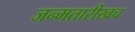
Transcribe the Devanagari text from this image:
जन्मतारीखच